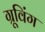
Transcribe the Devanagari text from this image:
ग्रूविंग